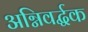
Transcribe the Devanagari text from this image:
अग्निवर्द्धक